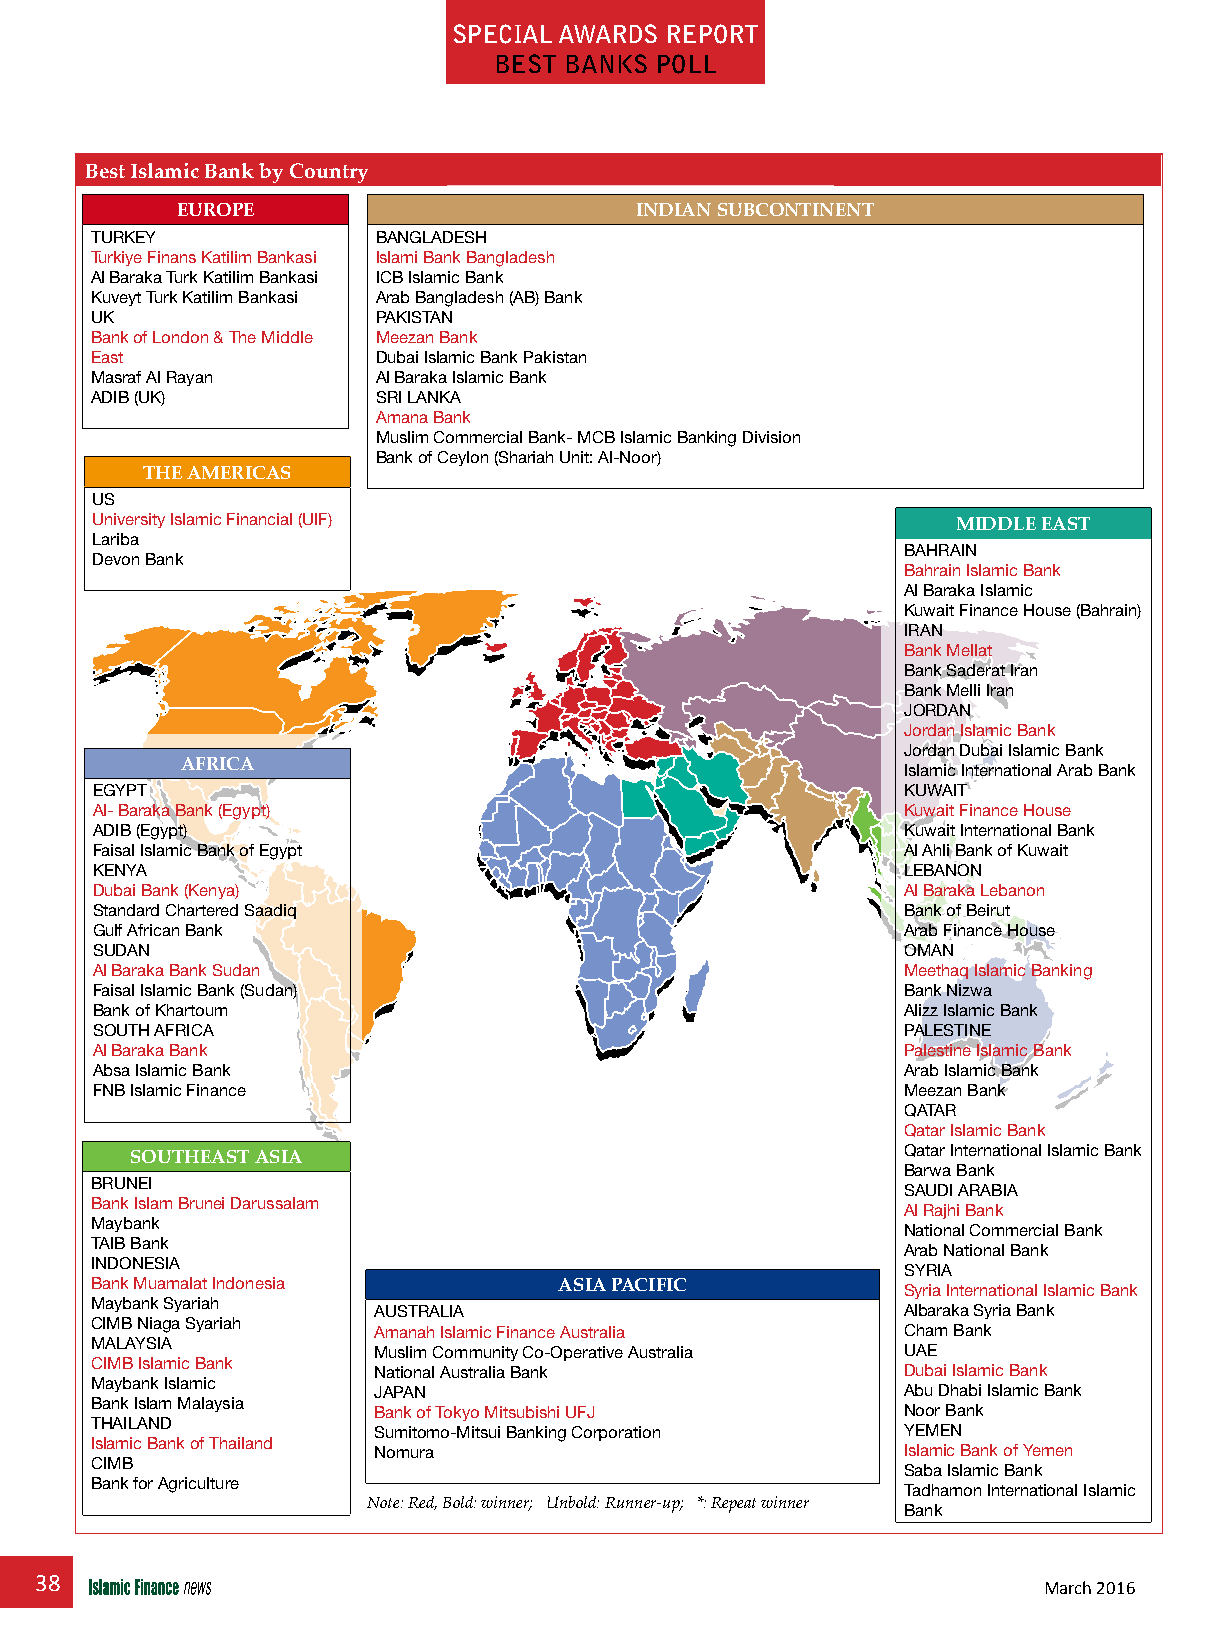
special awards repOrT
 besT banks pOll
 Best Islamic Bank by Country
 EuRoPE                        INDIAN SuBCoNTINENT
 TURKEY             BANGLADESH
 Turkiye Finans Katilim Bankasi Islami Bank Bangladesh
 Al Baraka Turk Katilim Bankasi ICB Islamic Bank
 Kuveyt Turk Katilim Bankasi Arab Bangladesh (AB) Bank
 UK                 PAKISTAN
 Bank of London & The Middle Meezan Bank
 East               Dubai Islamic Bank Pakistan
 Masraf Al Rayan    Al Baraka Islamic Bank
 ADIB (UK)          SRI LANKA
 Amana Bank
 Muslim Commercial Bank- MCB Islamic Banking Division
 Bank of Ceylon (Shariah Unit: Al-Noor)
 THE AMERICAS
 US
 University Islamic Financial (UIF)                       MIDDLE EAST
 Lariba
 BAHRAIN
 Devon Bank
 Bahrain Islamic Bank
 Al Baraka Islamic
 Kuwait Finance House (Bahrain)
 IRAN
 Bank Mellat
 Bank Saderat Iran
 Bank Melli Iran
 JORDAN
 Jordan Islamic Bank
 Jordan Dubai Islamic Bank
 AFRICA                                          Islamic International Arab Bank
 EGYPT                                                 KUWAIT
 Al- Baraka Bank (Egypt)                               Kuwait Finance House
 ADIB (Egypt)                                          Kuwait International Bank
 Faisal Islamic Bank of Egypt                          Al Ahli Bank of Kuwait
 KENYA                                                 LEBANON
 Dubai Bank (Kenya)                                    Al Baraka Lebanon
 Standard Chartered Saadiq                             Bank of Beirut
 Gulf African Bank                                     Arab Finance House
 SUDAN                                                 OMAN
 Al Baraka Bank Sudan                                  Meethaq Islamic Banking
 Faisal Islamic Bank (Sudan)                           Bank Nizwa
 Bank of Khartoum                                      Alizz Islamic Bank
 SOUTH AFRICA                                          PALESTINE
 Al Baraka Bank                                        Palestine Islamic Bank
 Absa Islamic Bank                                     Arab Islamic Bank
 FNB Islamic Finance                                   Meezan Bank
 QATAR
 Qatar Islamic Bank
 Qatar International Islamic Bank
 SouTHEAST ASIA
 Barwa Bank
 BRUNEI
 SAUDI ARABIA
 Bank Islam Brunei Darussalam
 Al Rajhi Bank
 Maybank
 National Commercial Bank
 TAIB Bank
 Arab National Bank
 INDONESIA
 SYRIA
 Bank Muamalat Indonesia        ASIA PACIFIC           Syria International Islamic Bank
 Maybank Syariah
 AUSTRALIA                          Albaraka Syria Bank
 CIMB Niaga Syariah
 Amanah Islamic Finance Australia   Cham Bank
 MALAYSIA
 Muslim Community Co-Operative Australia UAE
 CIMB Islamic Bank
 National Australia Bank            Dubai Islamic Bank
 Maybank Islamic
 JAPAN                              Abu Dhabi Islamic Bank
 Bank Islam Malaysia
 Bank of Tokyo Mitsubishi UFJ       Noor Bank
 THAILAND
 Sumitomo-Mitsui Banking Corporation YEMEN
 Islamic Bank of Thailand
 Nomura                             Islamic Bank of Yemen
 CIMB
 Saba Islamic Bank
 Bank for Agriculture
 Tadhamon International Islamic
 Note: Red, Bold: winner; Unbold: Runner-up; *: Repeat winner
 Bank
 38
 March 2016